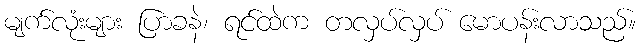
မျက်လုံးများ ပြာခနဲ၊ ရင်ထဲက တလှပ်လှပ် မောပန်းလာသည်။